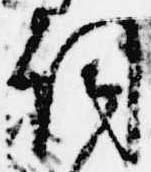
詞